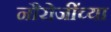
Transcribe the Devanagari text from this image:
नौरोजींच्या